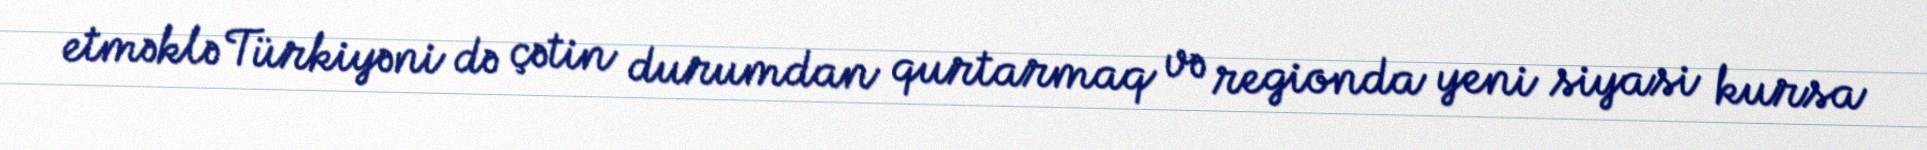
etməklə Türkiyəni də çətin durumdan qurtarmaq və regionda yeni siyasi kursa